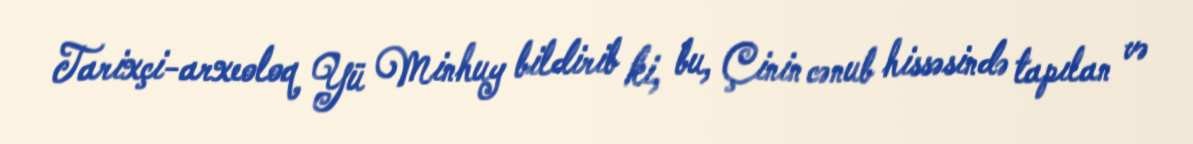
Tarixçi-arxeoloq Yü Minhuy bildirib ki, bu, Çinin cənub hissəsində tapılan və